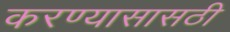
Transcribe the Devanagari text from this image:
करण्यासासठी